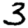
Digit: 3